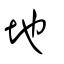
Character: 地